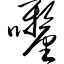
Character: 喱